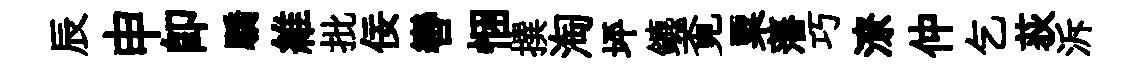
辰申卽驕維批佞轡悃撰淘坪鑣覔粟藩巧潦仲乞荻泝